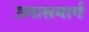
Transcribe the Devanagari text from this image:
प्रवासमार्ग